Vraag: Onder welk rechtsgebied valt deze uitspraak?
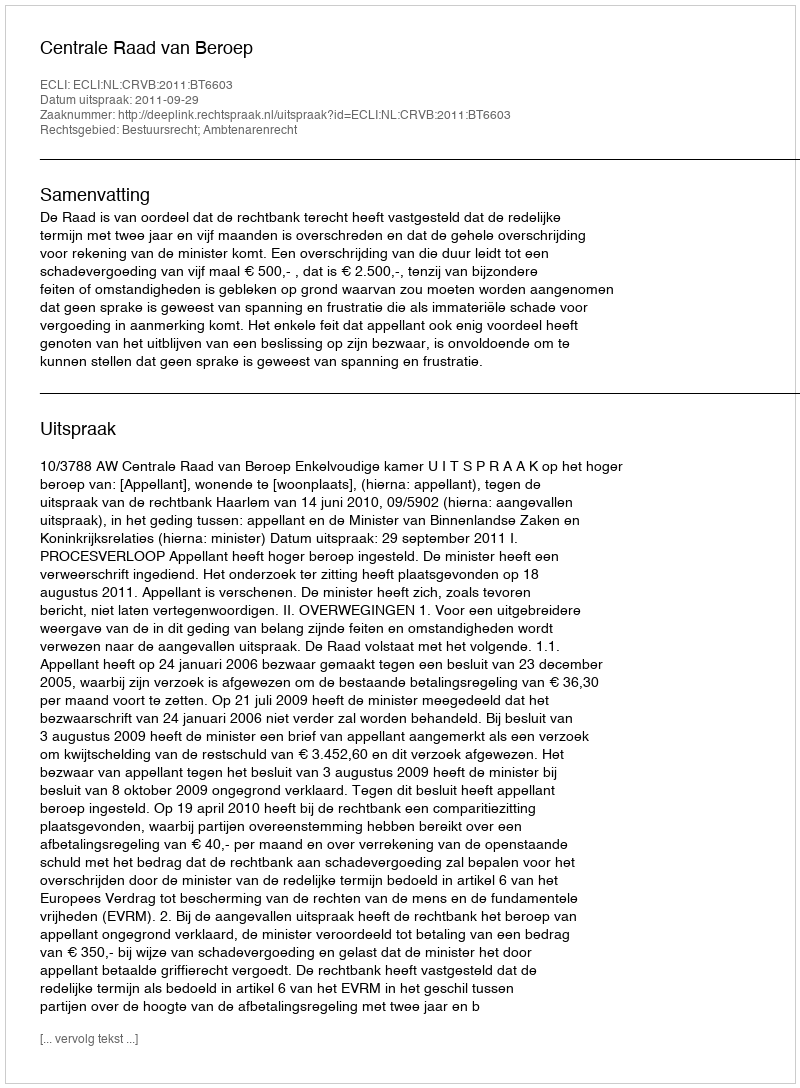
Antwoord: Bestuursrecht; Ambtenarenrecht